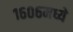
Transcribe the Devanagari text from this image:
१६०६मध्ये